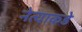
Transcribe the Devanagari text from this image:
नेत्याकडे